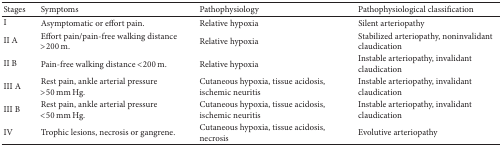
<table><thead><tr><td><b>Stages</b></td><td><b>Symptoms</b></td><td><b>Pathophysiology</b></td><td><b>Pathophysiological classification </b></td></tr></thead><tbody><tr><td>I</td><td>Asymptomatic or effort pain.</td><td>Relative hypoxia</td><td>Silent arteriopathy</td></tr><tr><td>II A</td><td>Effort pain/pain-free walking distance &gt;200 m.</td><td>Relative hypoxia</td><td>Stabilized arteriopathy, noninvalidant claudication</td></tr><tr><td>II B</td><td>Pain-free walking distance &lt;200 m.</td><td>Relative hypoxia</td><td>Instable arteriopathy, invalidant claudication</td></tr><tr><td>III A</td><td>Rest pain, ankle arterial pressure &gt;50 mm Hg.</td><td>Cutaneous hypoxia, tissue acidosis, ischemic neuritis</td><td>Instable arteriopathy, invalidant claudication</td></tr><tr><td>III B</td><td>Rest pain, ankle arterial pressure &lt;50 mm Hg.</td><td>Cutaneous hypoxia, tissue acidosis, ischemic neuritis</td><td>Instable arteriopathy, invalidant claudication</td></tr><tr><td>IV</td><td>Trophic lesions, necrosis or gangrene.</td><td>Cutaneous hypoxia, tissue acidosis, necrosis</td><td>Evolutive arteriopathy</td></tr></tbody></table>